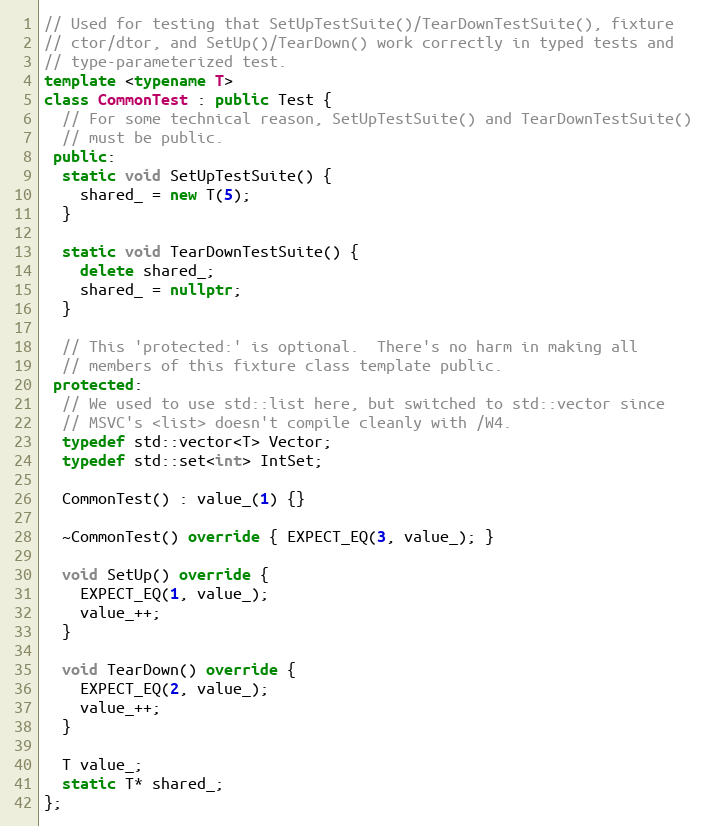
Language: C++
// Used for testing that SetUpTestSuite()/TearDownTestSuite(), fixture
// ctor/dtor, and SetUp()/TearDown() work correctly in typed tests and
// type-parameterized test.
template <typename T>
class CommonTest : public Test {
  // For some technical reason, SetUpTestSuite() and TearDownTestSuite()
  // must be public.
 public:
  static void SetUpTestSuite() {
    shared_ = new T(5);
  }

  static void TearDownTestSuite() {
    delete shared_;
    shared_ = nullptr;
  }

  // This 'protected:' is optional.  There's no harm in making all
  // members of this fixture class template public.
 protected:
  // We used to use std::list here, but switched to std::vector since
  // MSVC's <list> doesn't compile cleanly with /W4.
  typedef std::vector<T> Vector;
  typedef std::set<int> IntSet;

  CommonTest() : value_(1) {}

  ~CommonTest() override { EXPECT_EQ(3, value_); }

  void SetUp() override {
    EXPECT_EQ(1, value_);
    value_++;
  }

  void TearDown() override {
    EXPECT_EQ(2, value_);
    value_++;
  }

  T value_;
  static T* shared_;
};